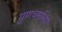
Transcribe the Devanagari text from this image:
गुणधर्माच्या